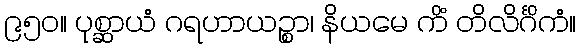
၉၅၀။ ပုစ္ဆာယံ ဂရဟာယဉ္စာ၊ နိယမေ ကိံ တိလိင်္ဂိကံ။